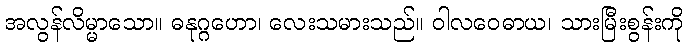
အလွန်လိမ္မာသော။ ဓနုဂ္ဂဟော၊ လေးသမားသည်။ ဝါလဝေဓာယ၊ သားမြီးစွန်းကို